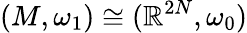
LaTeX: (M,\omega_{1})\cong(\mathbb{R}^{2N},\omega_{0})